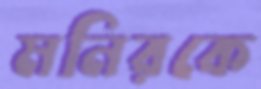
মনিরকে